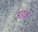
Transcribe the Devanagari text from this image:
अडक